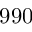
9 9 0